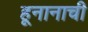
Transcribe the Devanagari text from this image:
हूनानाची